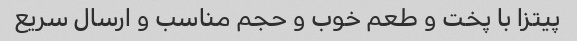
پیتزا با پخت و طعم خوب و حجم مناسب و ارسال سریع